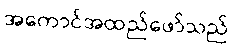
အကောင်အထည်ဖော်သည်